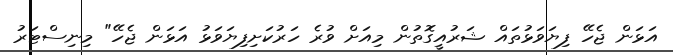
އަޅަން ޖެހޭ ފިޔަވަޅުތައް ޝަރުއީގޮތުން މިއަށް ވުރެ ހަރުކަށިފިޔަވަޅު އަޅަން ޖެހޭ" މިނިސްޓަރު